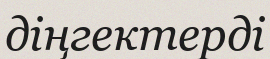
діңгектерді